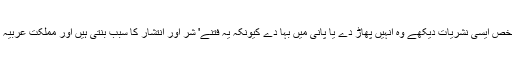
ایسی نشریات کا پھیلانا یا ان کو عوام الناس کے مابین عام کرنا جائز نہیں ہے اور جو بھی شخص ایسی نشریات دیکھے وہ انہیں پھاڑ دے یا پانی میں بہا دے کیونکہ یہ فتنے' شر اور انتشار کا سبب بنتی ہیں اور مملکت عربیہ کے مفتی اعظم شیخ بن باز اس بارے متنبہ کر چکے ہیں کہ ان نشریات کو پھاڑ دینا چاہیے۔